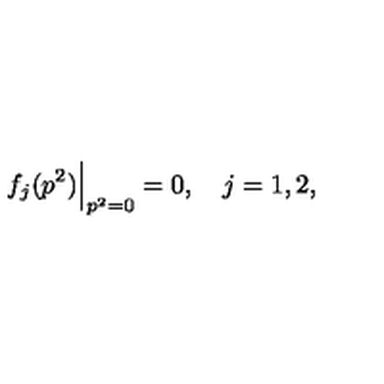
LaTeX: f _ { j } ( p ^ { 2 } ) { \Big | } _ { p ^ { 2 } = 0 } = 0 , \quad j = 1 , 2 ,